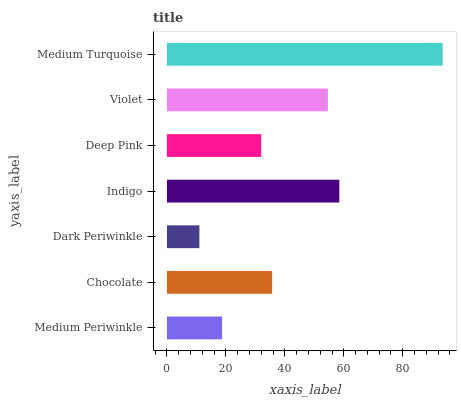
| yaxis_label | bars |
 | --- | --- |
 | Medium Periwinkle | 18.7 |
 | Chocolate | 35.7 |
 | Dark Periwinkle | 11 |
 | Indigo | 58.5 |
 | Deep Pink | 32 |
 | Violet | 54.6 |
 | Medium Turquoise | 93.6 |